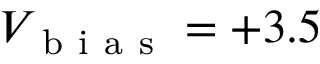
V _ { \mathrm { ~ b ~ i ~ a ~ s ~ } } = + 3 . 5